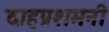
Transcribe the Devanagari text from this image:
दाहप्रशमनी